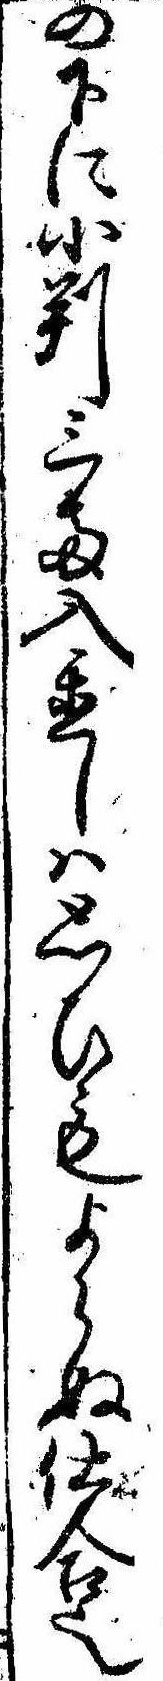
の下に小判三両入置しは思ひもよらぬ仕合也